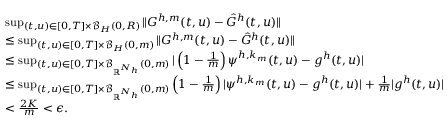
\begin{array} { r l } & { \operatorname* { s u p } _ { ( t , u ) \in [ 0 , T ] \times \mathcal { B } _ { H } ( 0 , R ) } \| G ^ { h , m } ( t , u ) - \hat { G } ^ { h } ( t , u ) \| } \\ & { \leq \operatorname* { s u p } _ { ( t , u ) \in [ 0 , T ] \times \mathcal { B } _ { H } ( 0 , m ) } \| G ^ { h , m } ( t , u ) - \hat { G } ^ { h } ( t , u ) \| } \\ & { \leq \operatorname* { s u p } _ { ( t , u ) \in [ 0 , T ] \times \mathcal { B } _ { \mathbb { R } ^ { N _ { h } } } ( 0 , m ) } | \left( 1 - \frac 1 m \right) \psi ^ { h , k _ { m } } ( t , u ) - g ^ { h } ( t , u ) | } \\ & { \leq \operatorname* { s u p } _ { ( t , u ) \in [ 0 , T ] \times \mathcal { B } _ { \mathbb { R } ^ { N _ { h } } } ( 0 , m ) } \left( 1 - \frac 1 m \right) | \psi ^ { h , k _ { m } } ( t , u ) - g ^ { h } ( t , u ) | + \frac 1 m | g ^ { h } ( t , u ) | } \\ & { < \frac { 2 K } { m } < \epsilon . } \end{array}